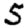
Digit: 5